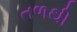
તળથી